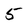
Character: 5